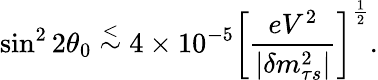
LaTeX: \sin^{2}2\theta_{0}\stackrel{<}{\sim}4\times 10^{-5}\left[{\frac{eV^{2}}{|\delta m_{\tau s}^{2}|}}\right]^{\frac{1}{2}}.